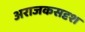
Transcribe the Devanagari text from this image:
अराजकसदृश